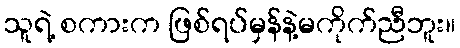
သူရဲ့ စကားက ဖြစ်ရပ်မှန်နဲ့မကိုက်ညီဘူး။